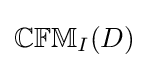
\mathbb {CFM} _{I}(D)